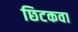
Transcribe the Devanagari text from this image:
छिटकवा